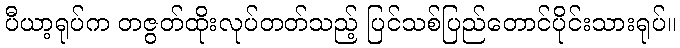
ပီယာ့ရုပ်က တဇွတ်ထိုးလုပ်တတ်သည့် ပြင်သစ်ပြည်တောင်ပိုင်းသားရုပ်။